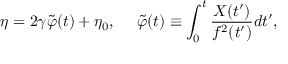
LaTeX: \eta = 2 \gamma \tilde { \varphi } ( t ) + \eta _ { 0 } , ~ ~ ~ ~ \tilde { \varphi } ( t ) \equiv \int _ { 0 } ^ { t } \frac { X ( t ^ { \prime } ) } { f ^ { 2 } ( t ^ { \prime } ) } d t ^ { \prime } ,